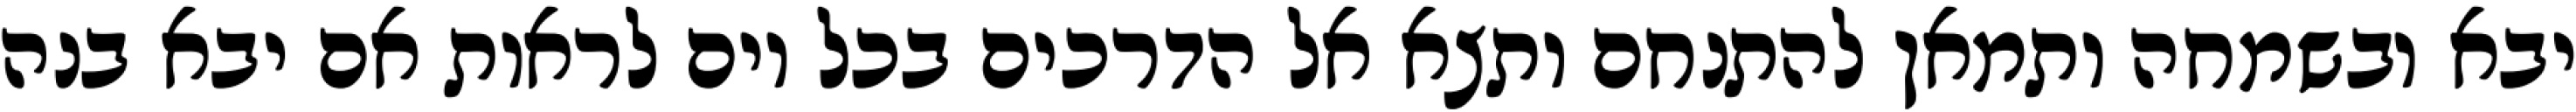
יבא ובשמחה ותמאן להתנחם ותצא אל הדרכים בכל יום לראות אם יבא בנה